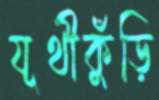
যূথীকুঁড়ি